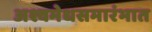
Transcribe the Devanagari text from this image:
अश्वमेधसमारंभात